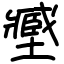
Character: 𡒉